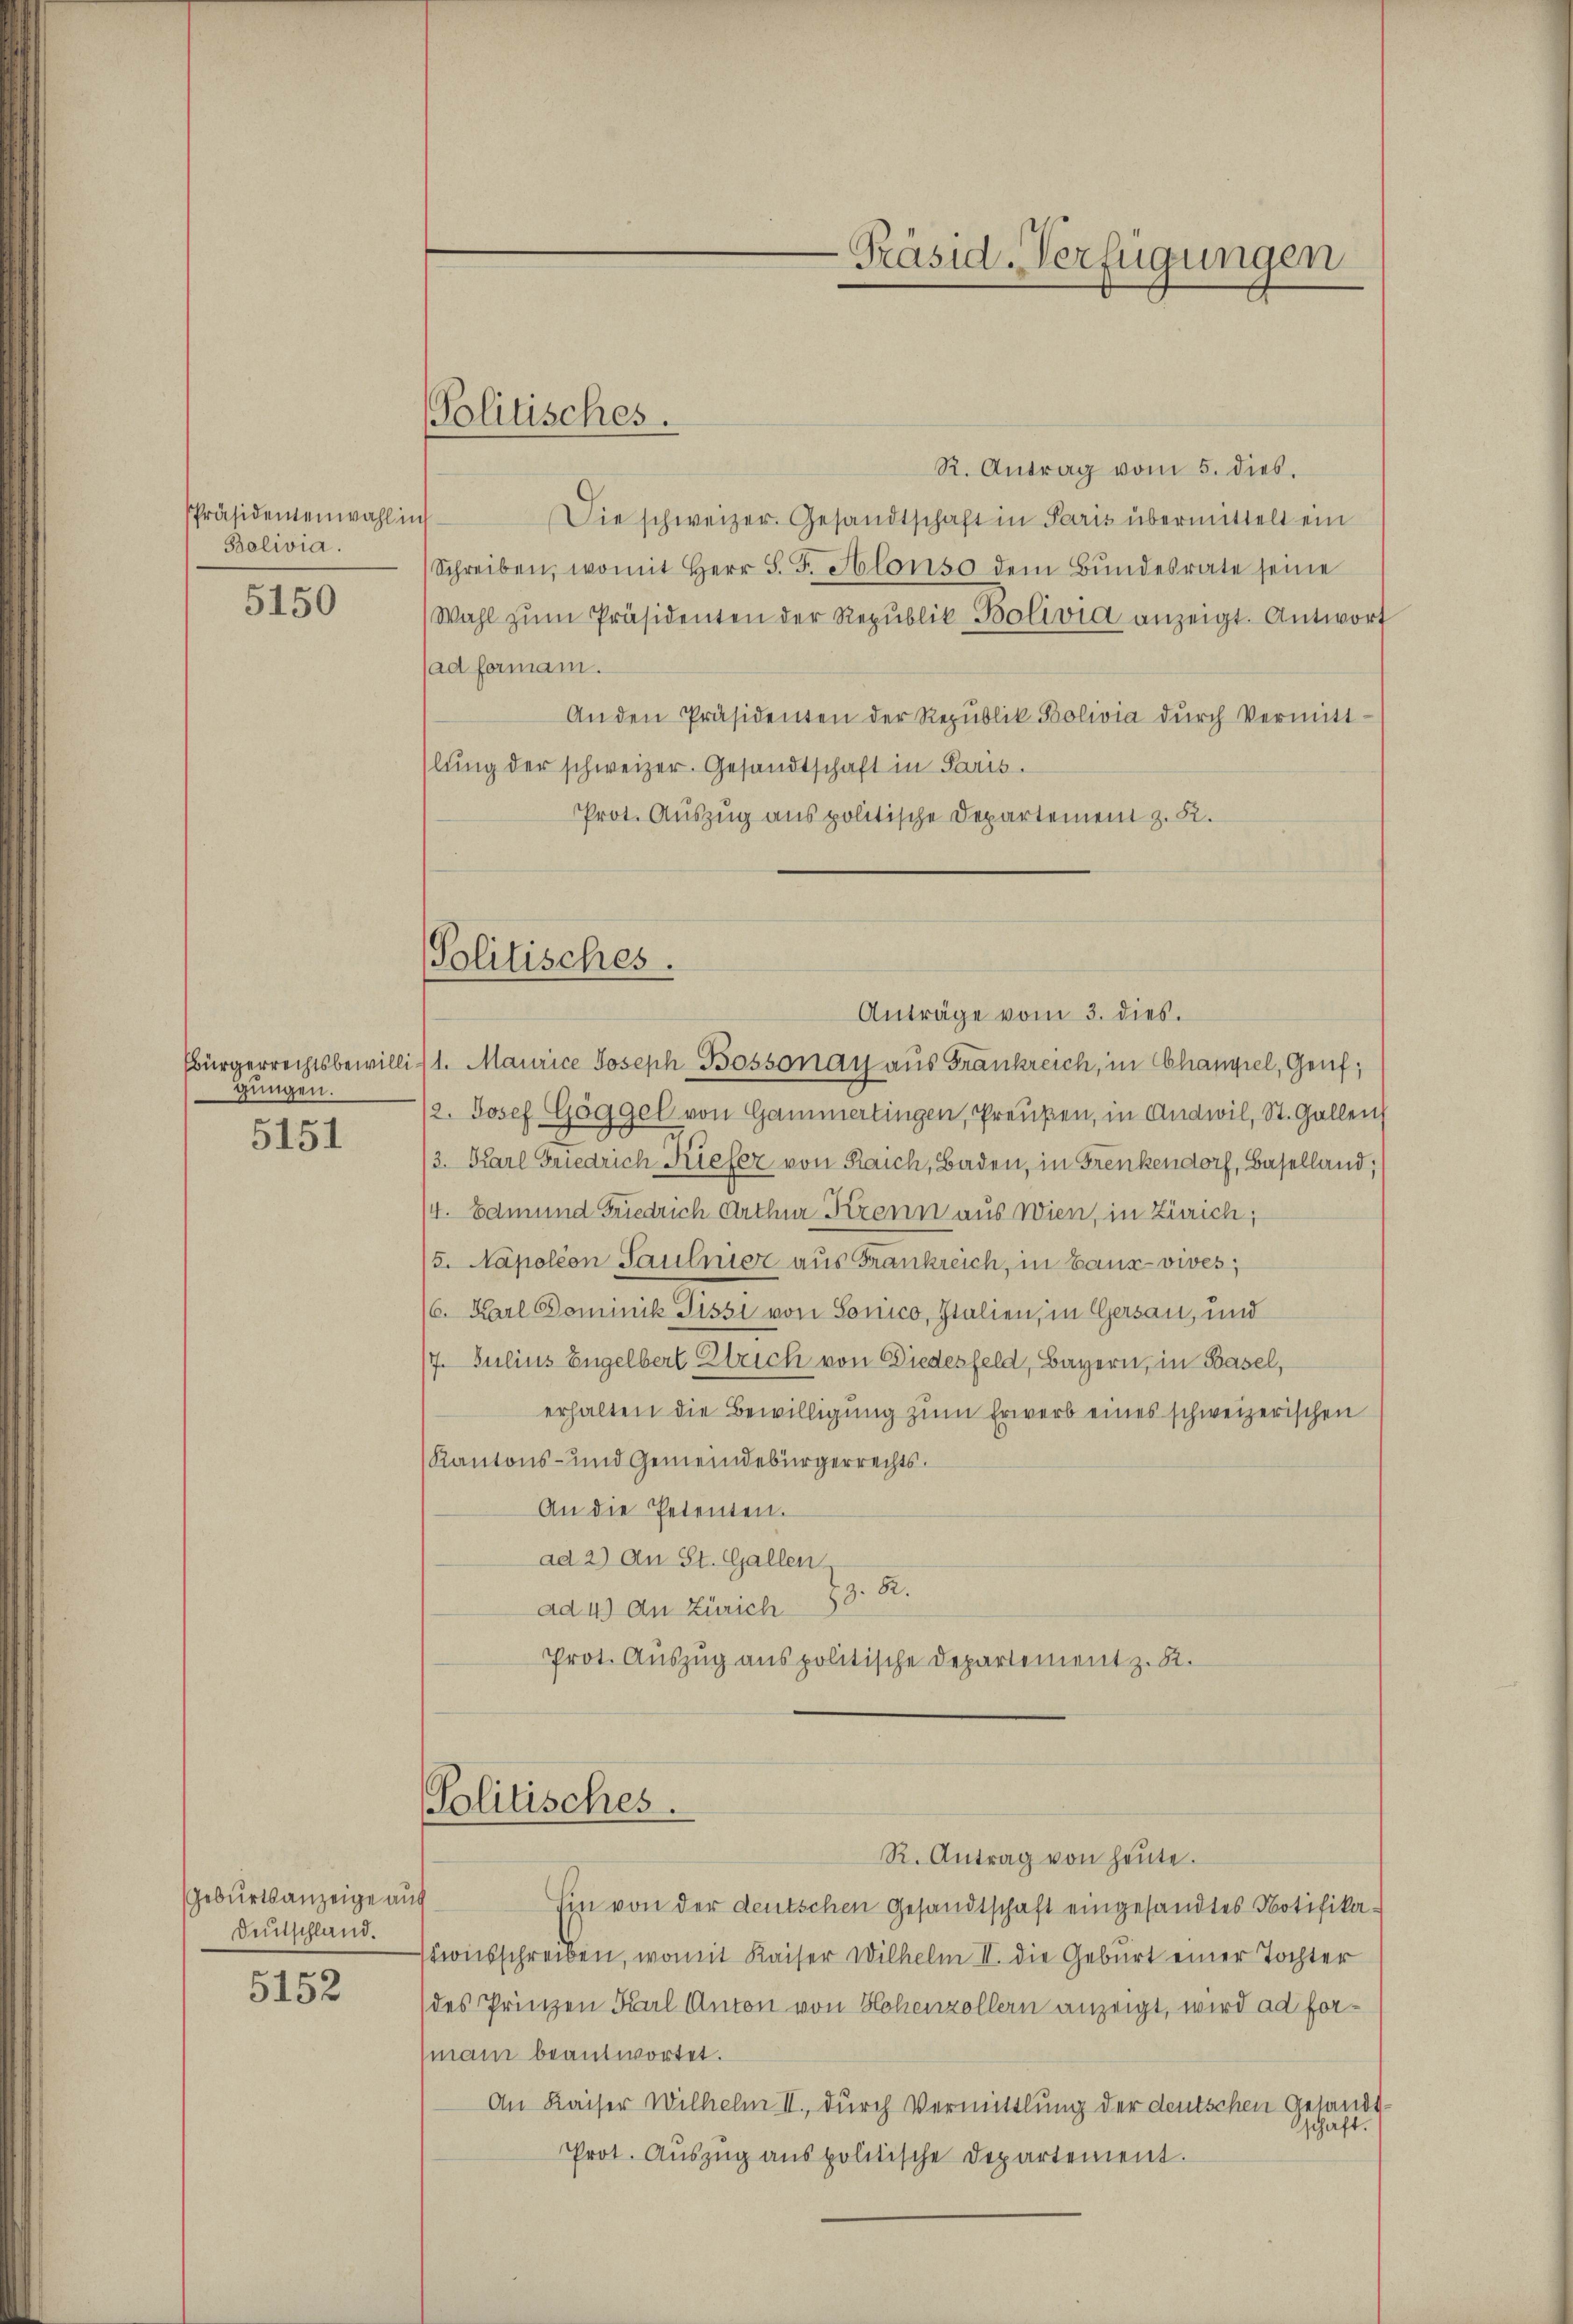
Präsidentenwahl in
Balivia.

5150

gungen.

5151

Geburtsanzeige au
Deutschland.

5152

Politisches.

R. Antrag vom 5. dies.
Die schweizer. Gesandtschaft in Paris übermittelt ein
Schreiben, womit Herr S. F. Hlons dem Bŭndesrate seine
(Wahl zŭm Präsidenten der Republik Bolivia anzeigt. Antwort
ad formani.
An den Präsidenten der Republik Bolivia dŭrch Vermittslung der schweizer. Gesandtschaft in Paris.
Prot. Auszug aus politische Departement z. B.

Politisches.

Bürgerrechtsbewillig 1. Maurice Joseph Bossonay aus Frankreich, in Chanpiel, Genf;
/2. Josef Göggel von Gammertingen, Preußen, in Andwil, St. Gallen
/3. Karl Friedrich Kiefer von Raich, Baden, in Frenkendorf, Baselland;
/4. Edmund Friedrich Arthur Trenn aus Wien, in Zürich;
15. Napoléon Saulnisz aus Frankreich, in Bauz-vives;
16. Karl Dominik Tissi von Sonico, Italien, in Gersau, und
17. Julius Engelbert Strich von Biedesfeld, Bayern, in Basel,
erhalten die Bewilligung zum Erwerb eines schweizerischen
Kantons- und Gemeindebürgerrechts.
An die Petenten.
ad 2) An St. Gallen
ad 4) An Zürich 33 R.
Prot. Auszug aus politische Departement z. R.

Politisches.

Präsid-Verfügungen

Anträge vom 3. dies.

R. Antrag von heute.

Ein von der deutschen Gesandtschaft eingesandtes Notifikastionsschreiben, womit Kaiser Wilhelm II. die Geburt einer Tochter
des Prinzen Kal Anton von Hohenzollern anzeigt, wird ad formani beantwortet.
An Kaiser Wilhelm II., durch Vermittlung der deutschen Gesandtschaft.
Prot. Auszug aus politische Departement.